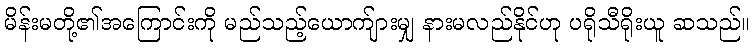
မိန်းမတို့၏အကြောင်းကို မည်သည့်ယောက်ျားမျှ နားမလည်နိုင်ဟု ပရိုသီရိုးယူ ဆသည်။